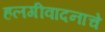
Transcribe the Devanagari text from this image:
हलगीवादनाचे